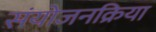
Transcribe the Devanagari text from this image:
संयोजनक्रिया